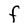
Character: F